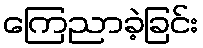
ကြေညာခဲ့ခြင်း